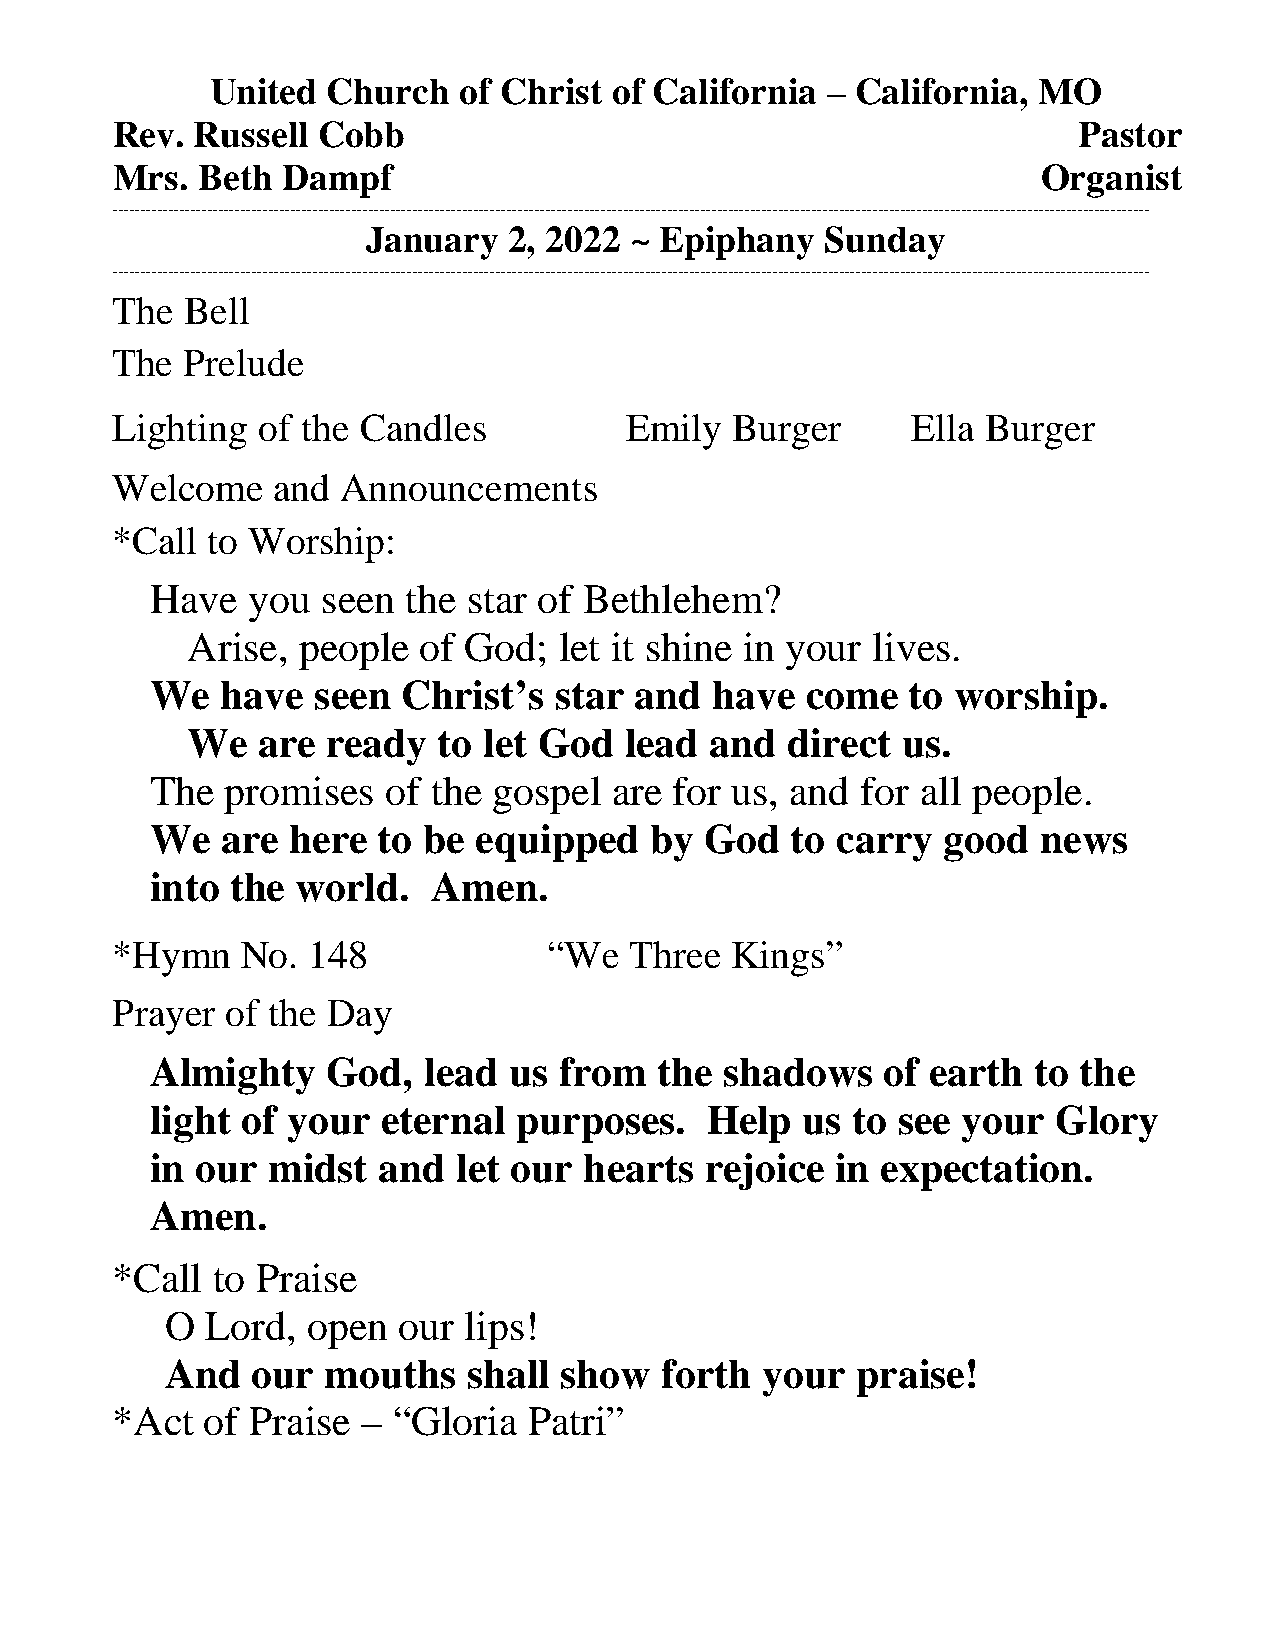
United  Church  of Christ  of California – California, MO
 Rev.  Russell Cobb                                              Pastor
 Mrs.  Beth  Dampf                                             Organist
 -------------------------------------------------------------------------------------------------------------------------------------------------------------------------------------------
 January   2, 2022 ~ Epiphany   Sunday
 -------------------------------------------------------------------------------------------------------------------------------------------------------------------------------------------
 The  Bell
 The  Prelude
 Lighting  of the Candles          Emily   Burger     Ella Burger
 Welcome    and  Announcements
 *Call  to Worship:
 Have  you  seen  the star of Bethlehem?
 Arise,  people  of God;  let it shine in your lives.
 We   have  seen  Christ’s  star and  have  come   to worship.
 We   are  ready  to let God  lead  and  direct  us.
 The  promises   of the gospel  are for us, and for all people.
 We   are here  to be equipped    by  God  to carry  good   news
 into the  world.   Amen.
 *Hymn    No. 148             “We   Three Kings”
 Prayer  of the Day
 Almighty    God,  lead  us from  the  shadows    of earth to the
 light of your  eternal  purposes.    Help  us to see  your  Glory
 in our  midst  and  let our  hearts  rejoice in expectation.
 Amen.
 *Call  to Praise
 O  Lord, open  our  lips!
 And   our mouths    shall show   forth your   praise!
 *Act   of Praise – “Gloria  Patri”